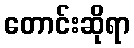
တောင်းဆိုရာ